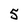
Character: 5